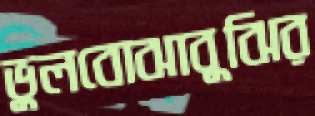
ভুলবোঝাবুঝির